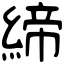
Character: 締